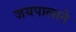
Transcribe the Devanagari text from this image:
जयपालाने